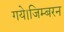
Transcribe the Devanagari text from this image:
गये।जिम्बरन